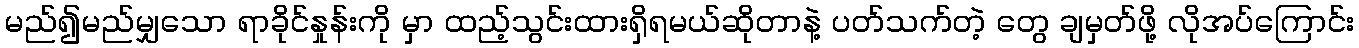
မည်၍မည်မျှသော ရာခိုင်နှုန်းကို မှာ ထည့်သွင်းထားရှိရမယ်ဆိုတာနဲ့ ပတ်သက်တဲ့ တွေ ချမှတ်ဖို့ လိုအပ်ကြောင်း